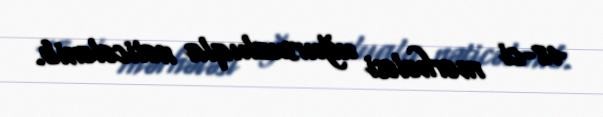
48-ci mərhələsi uğursuzluqla nəticələnib.